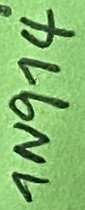
Text: 1N914